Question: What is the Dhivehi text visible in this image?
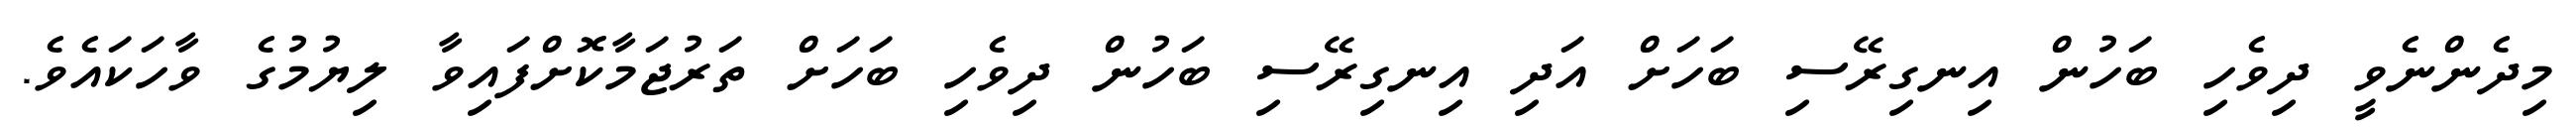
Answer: މިދެންނެވީ ދިވެހި ބަހުން އިނގިރޭސި ބަހަށް އަދި އިނގިރޭސި ބަހުން ދިވެހި ބަހަށް ތަރުޖަމާކޮށްފައިވާ ލިޔުމުގެ ވާހަކައެވެ.